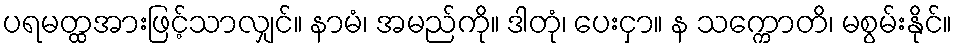
ပရမတ္ထအားဖြင့်သာလျှင်။ နာမံ၊ အမည်ကို။ ဒါတုံ၊ ပေးငှာ။ န သက္ကောတိ၊ မစွမ်းနိုင်။